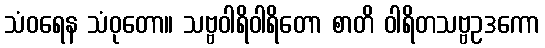
သံဝရေန သံဝုတော။ သဗ္ဗဝါရိဝါရိတော စာတိ ဝါရိတသဗ္ဗဥဒကော